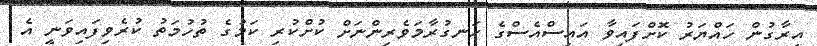
އިރާގުން ހައްޔަރު ކޮށްފައިވާ އައިސްއެސްގެ ހަނގުރާމަވެރިންނަށް ކުށްކުރި ކަމުގެ ތުހުމަތު ކުރެވިފައިވަނީ އެ